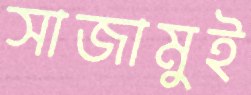
সাজামুই